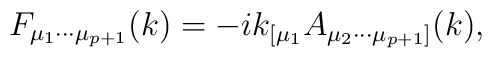
F_{{\mu}_{1}{\cdots}{\mu}_{p+1}}(k)=-ik_{[{\mu}_{1}}A_{{\mu}_{2}{\cdots}{\mu}_{p+1}]}(k),